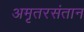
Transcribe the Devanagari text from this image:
अमृतरसंतान